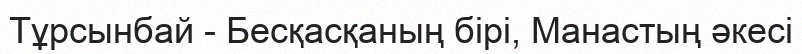
Тұрсынбай - Бесқасқаның бірі, Манастың әкесі